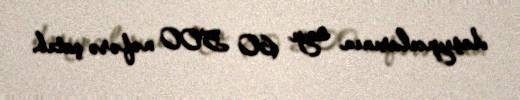
daşıyıcılarının sayı 60 500 nəfərə çatıb.